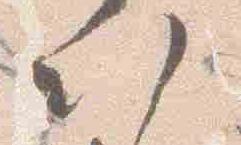
以